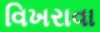
વિખરાવા